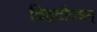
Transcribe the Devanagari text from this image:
विद्वदौषधम्